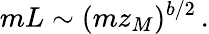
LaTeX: mL\sim(mz_{M})^{b/2}\, .